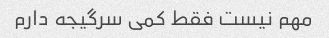
مهم نیست فقط کمی سرگیجه دارم